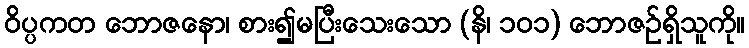
ဝိပ္ပကတ ဘောဇနော၊ စား၍မပြီးသေးသော (နိ၊ ၁၀၁) ဘောဇဉ်ရှိသူကို။